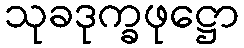
သုခဒုက္ခဖုဋ္ဌော